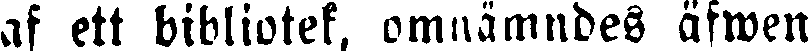
af ett bibliotek, omnämndes äfwen